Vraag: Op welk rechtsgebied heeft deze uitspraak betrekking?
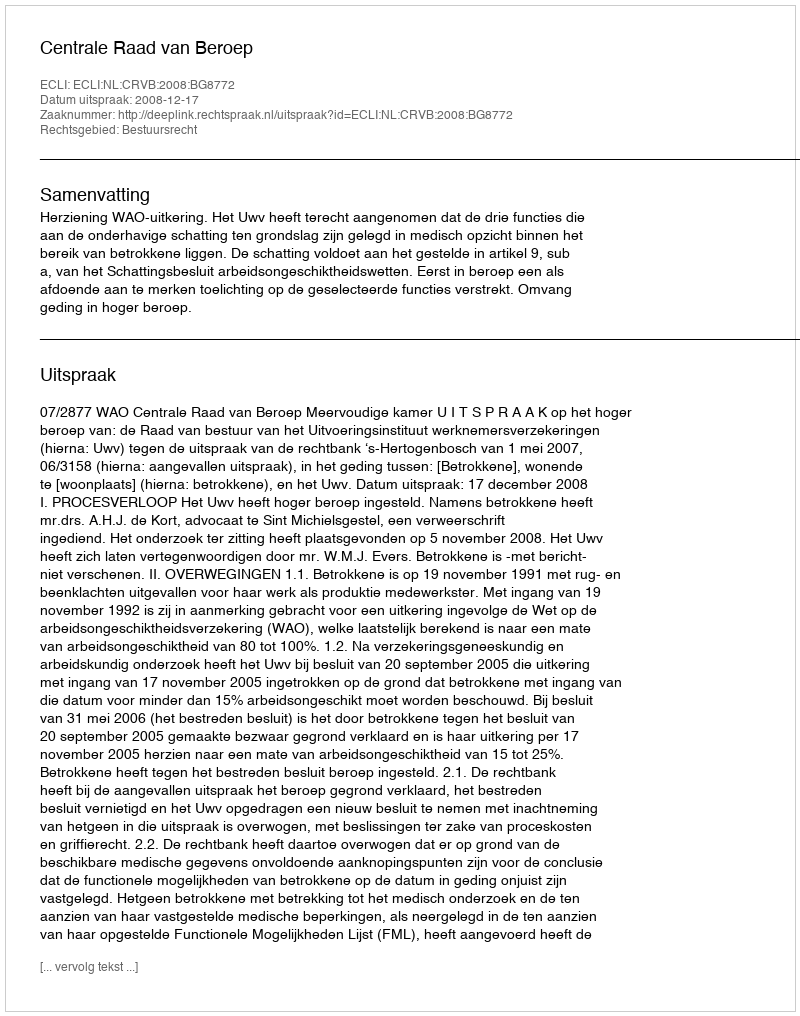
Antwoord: Bestuursrecht